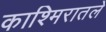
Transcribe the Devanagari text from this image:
काश्मिरातले